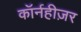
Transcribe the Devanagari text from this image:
कॉर्नहीज़र